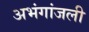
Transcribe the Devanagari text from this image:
अभंगांजली